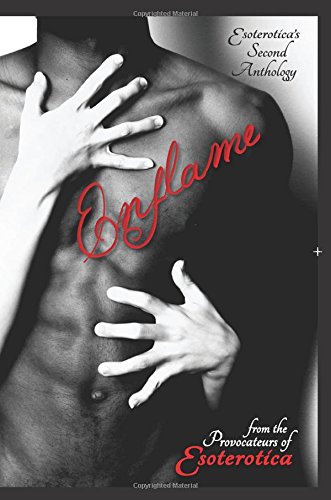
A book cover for Esoterotica's Second Anthology: Enflame; From the Provocateurs of Esoterotica; Romance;